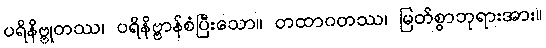
ပရိနိဗ္ဗုတဿ၊ ပရိနိဗ္ဗာန်စံပြီးသော။ တထာဂတဿ၊ မြတ်စွာဘုရားအား။